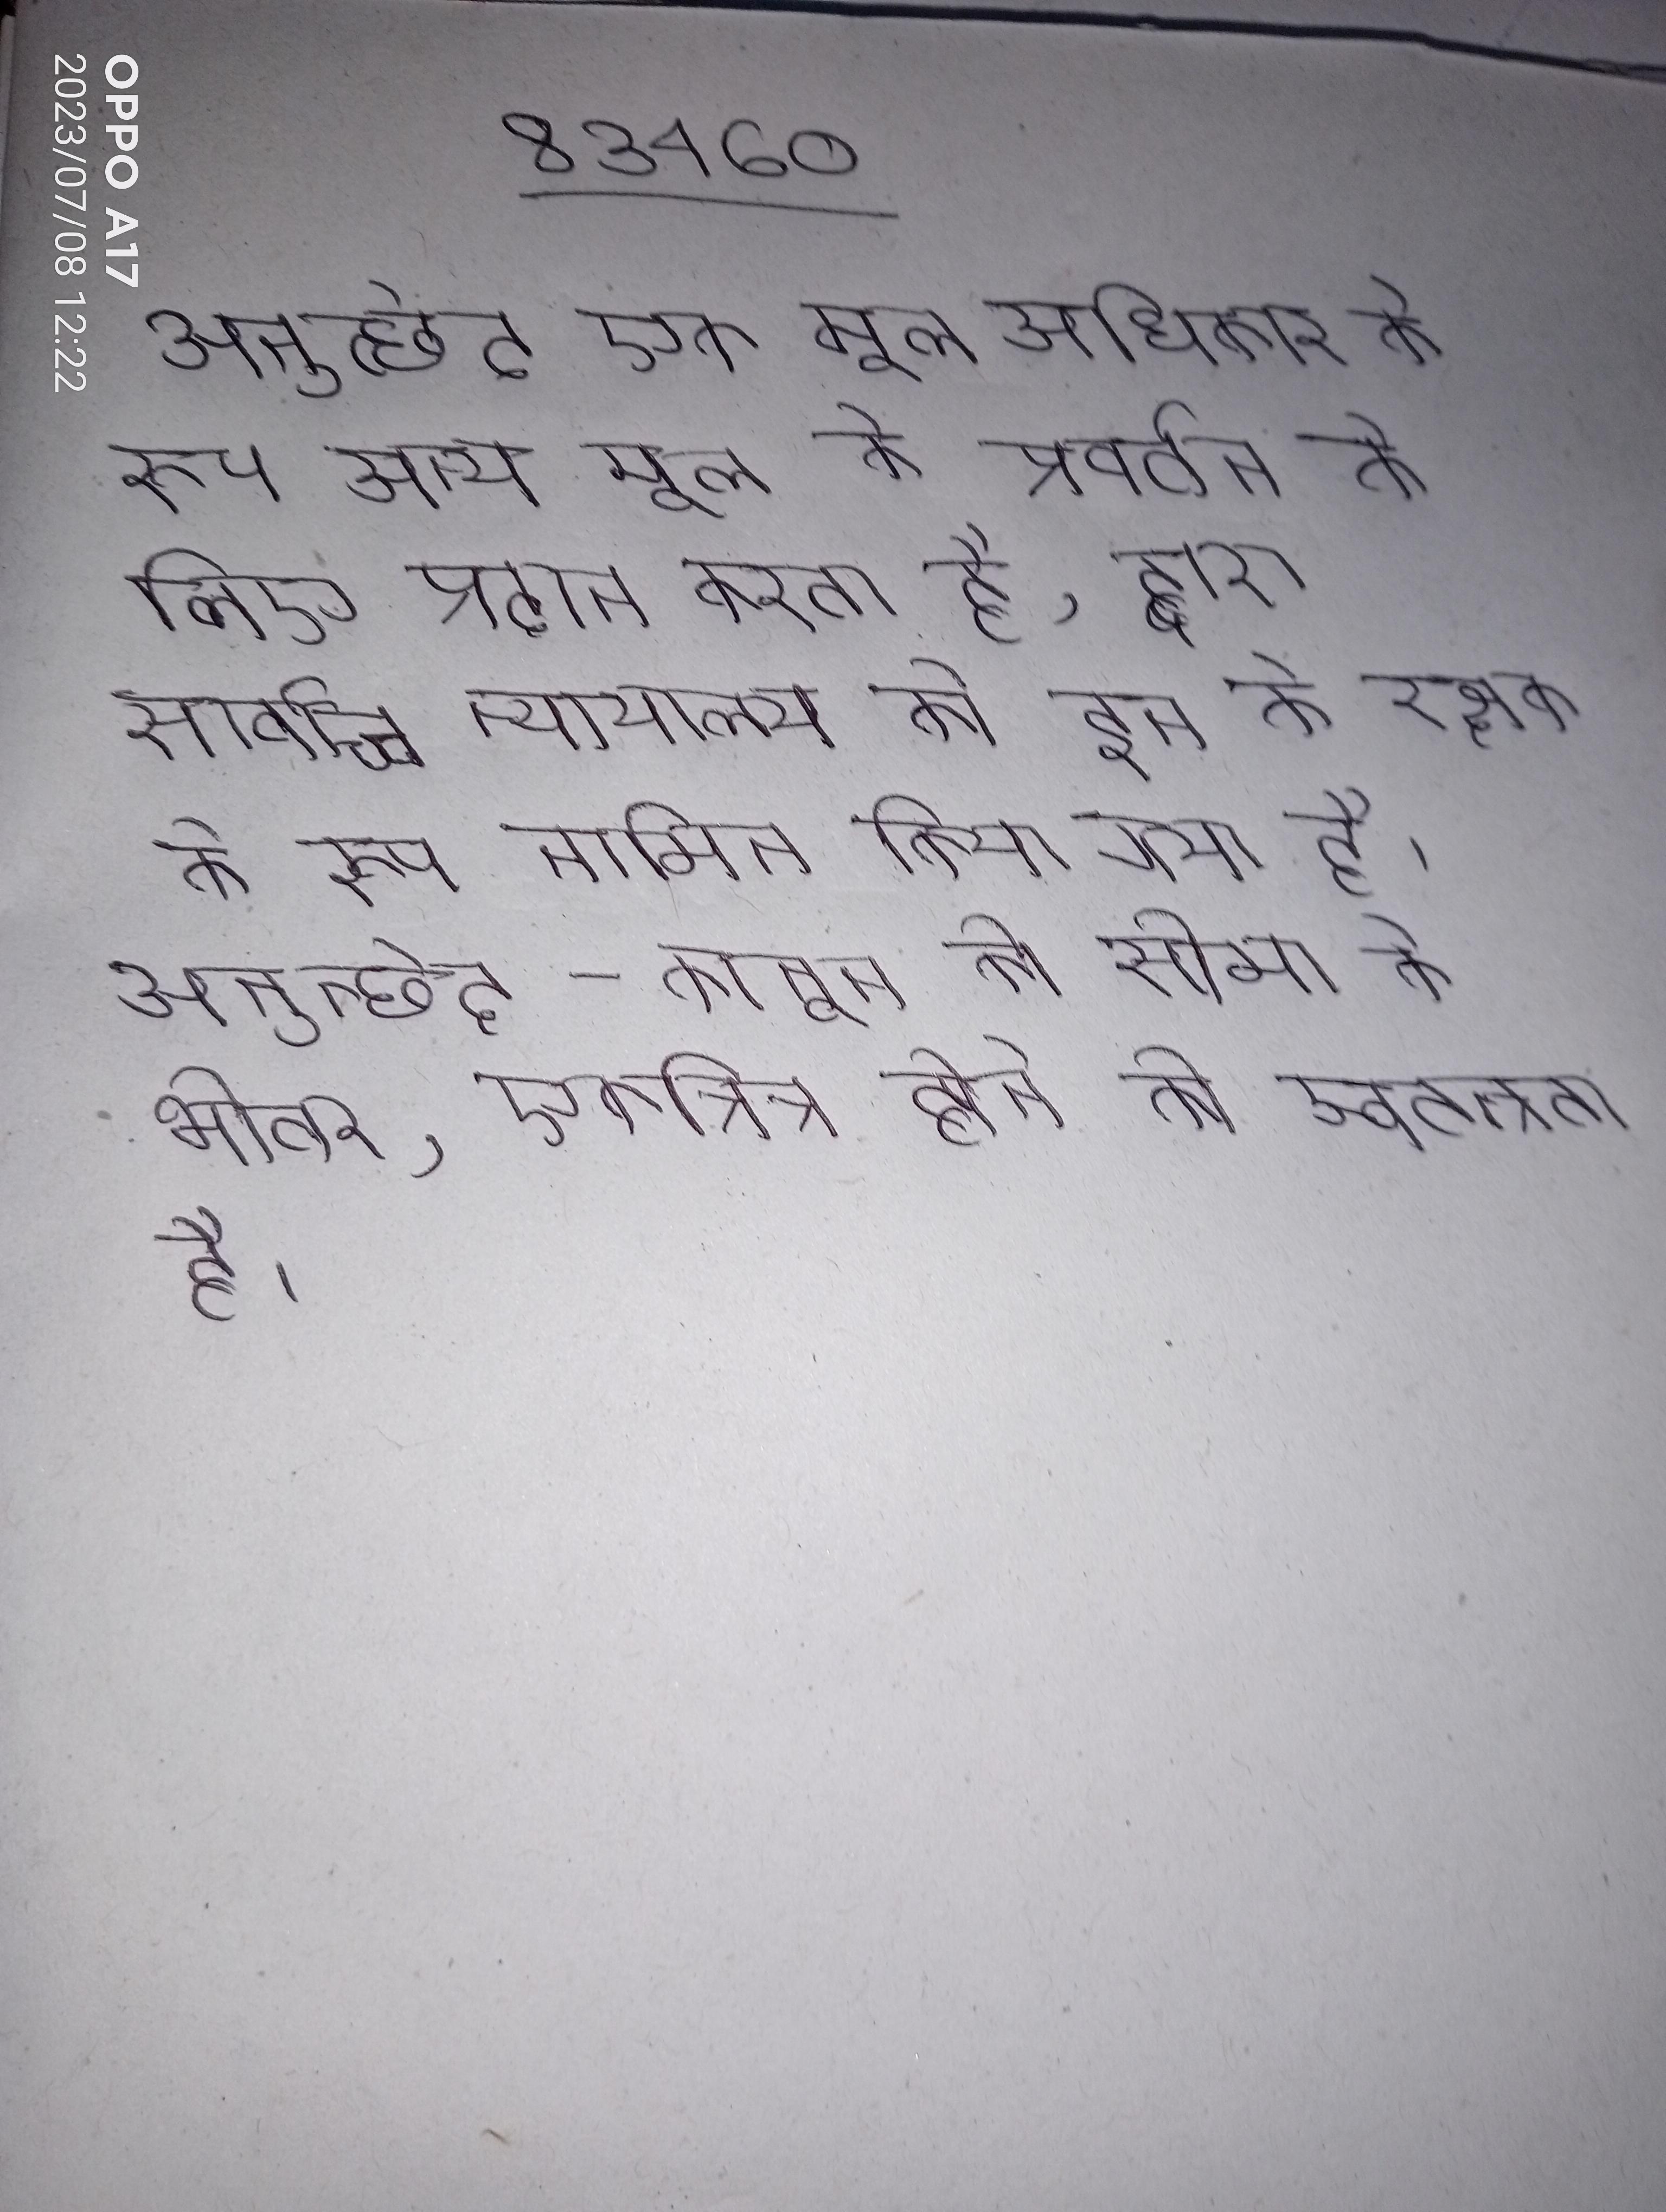
अनुच्छेद एक मूल अधिकार के रूप अन्य मूल के प्रवर्तन के लिए प्रदान करता है, द्वारा सर्वोच्च न्यायालय को इन के रक्षक के रूप नामित किया गया है । अनुच्छेद - कानून की सीमा के भीतर, एकत्रित्र होने की स्वतन्त्रता है ।